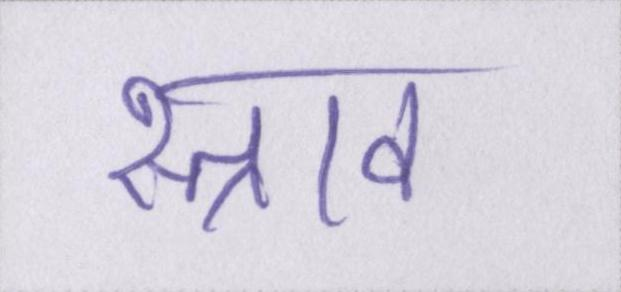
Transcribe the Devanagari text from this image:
स्त्राव